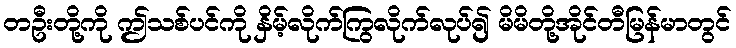
တဦးတို့ကို ဤသစ်ပင်ကို နှိမ့်လိုက်ကြွလိုက်လုပ်၍ မိမိတို့အိုင်တီမြန်မာတွင်